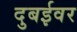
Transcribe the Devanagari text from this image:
दुबईवर